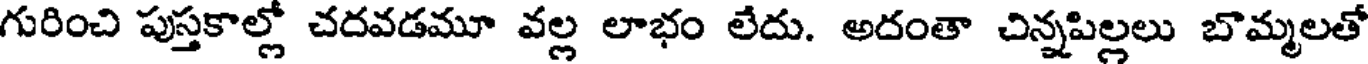
గురించి పుస్తకాల్లో చదవడమూ వల్ల లాభం లేదు. అదంతా చిన్నపిల్లలు బొమ్మలతో